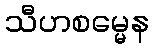
သီဟစမ္မေန